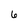
Character: 6